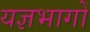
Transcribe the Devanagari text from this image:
यज्ञभागों